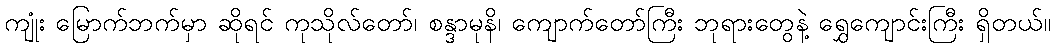
ကျုံး မြောက်ဘက်မှာ ဆိုရင် ကုသိုလ်တော်၊ စန္ဒာမုနိ၊ ကျောက်တော်ကြီး ဘုရားတွေနဲ့ ရွှေကျောင်းကြီး ရှိတယ်။